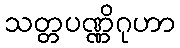
သတ္တပဏ္ဏိဂုဟာ